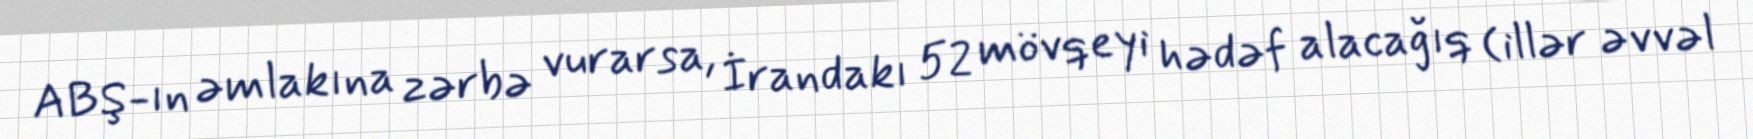
ABŞ-ın əmlakına zərbə vurarsa, İrandakı 52 mövqeyi hədəf alacağıq (illər əvvəl